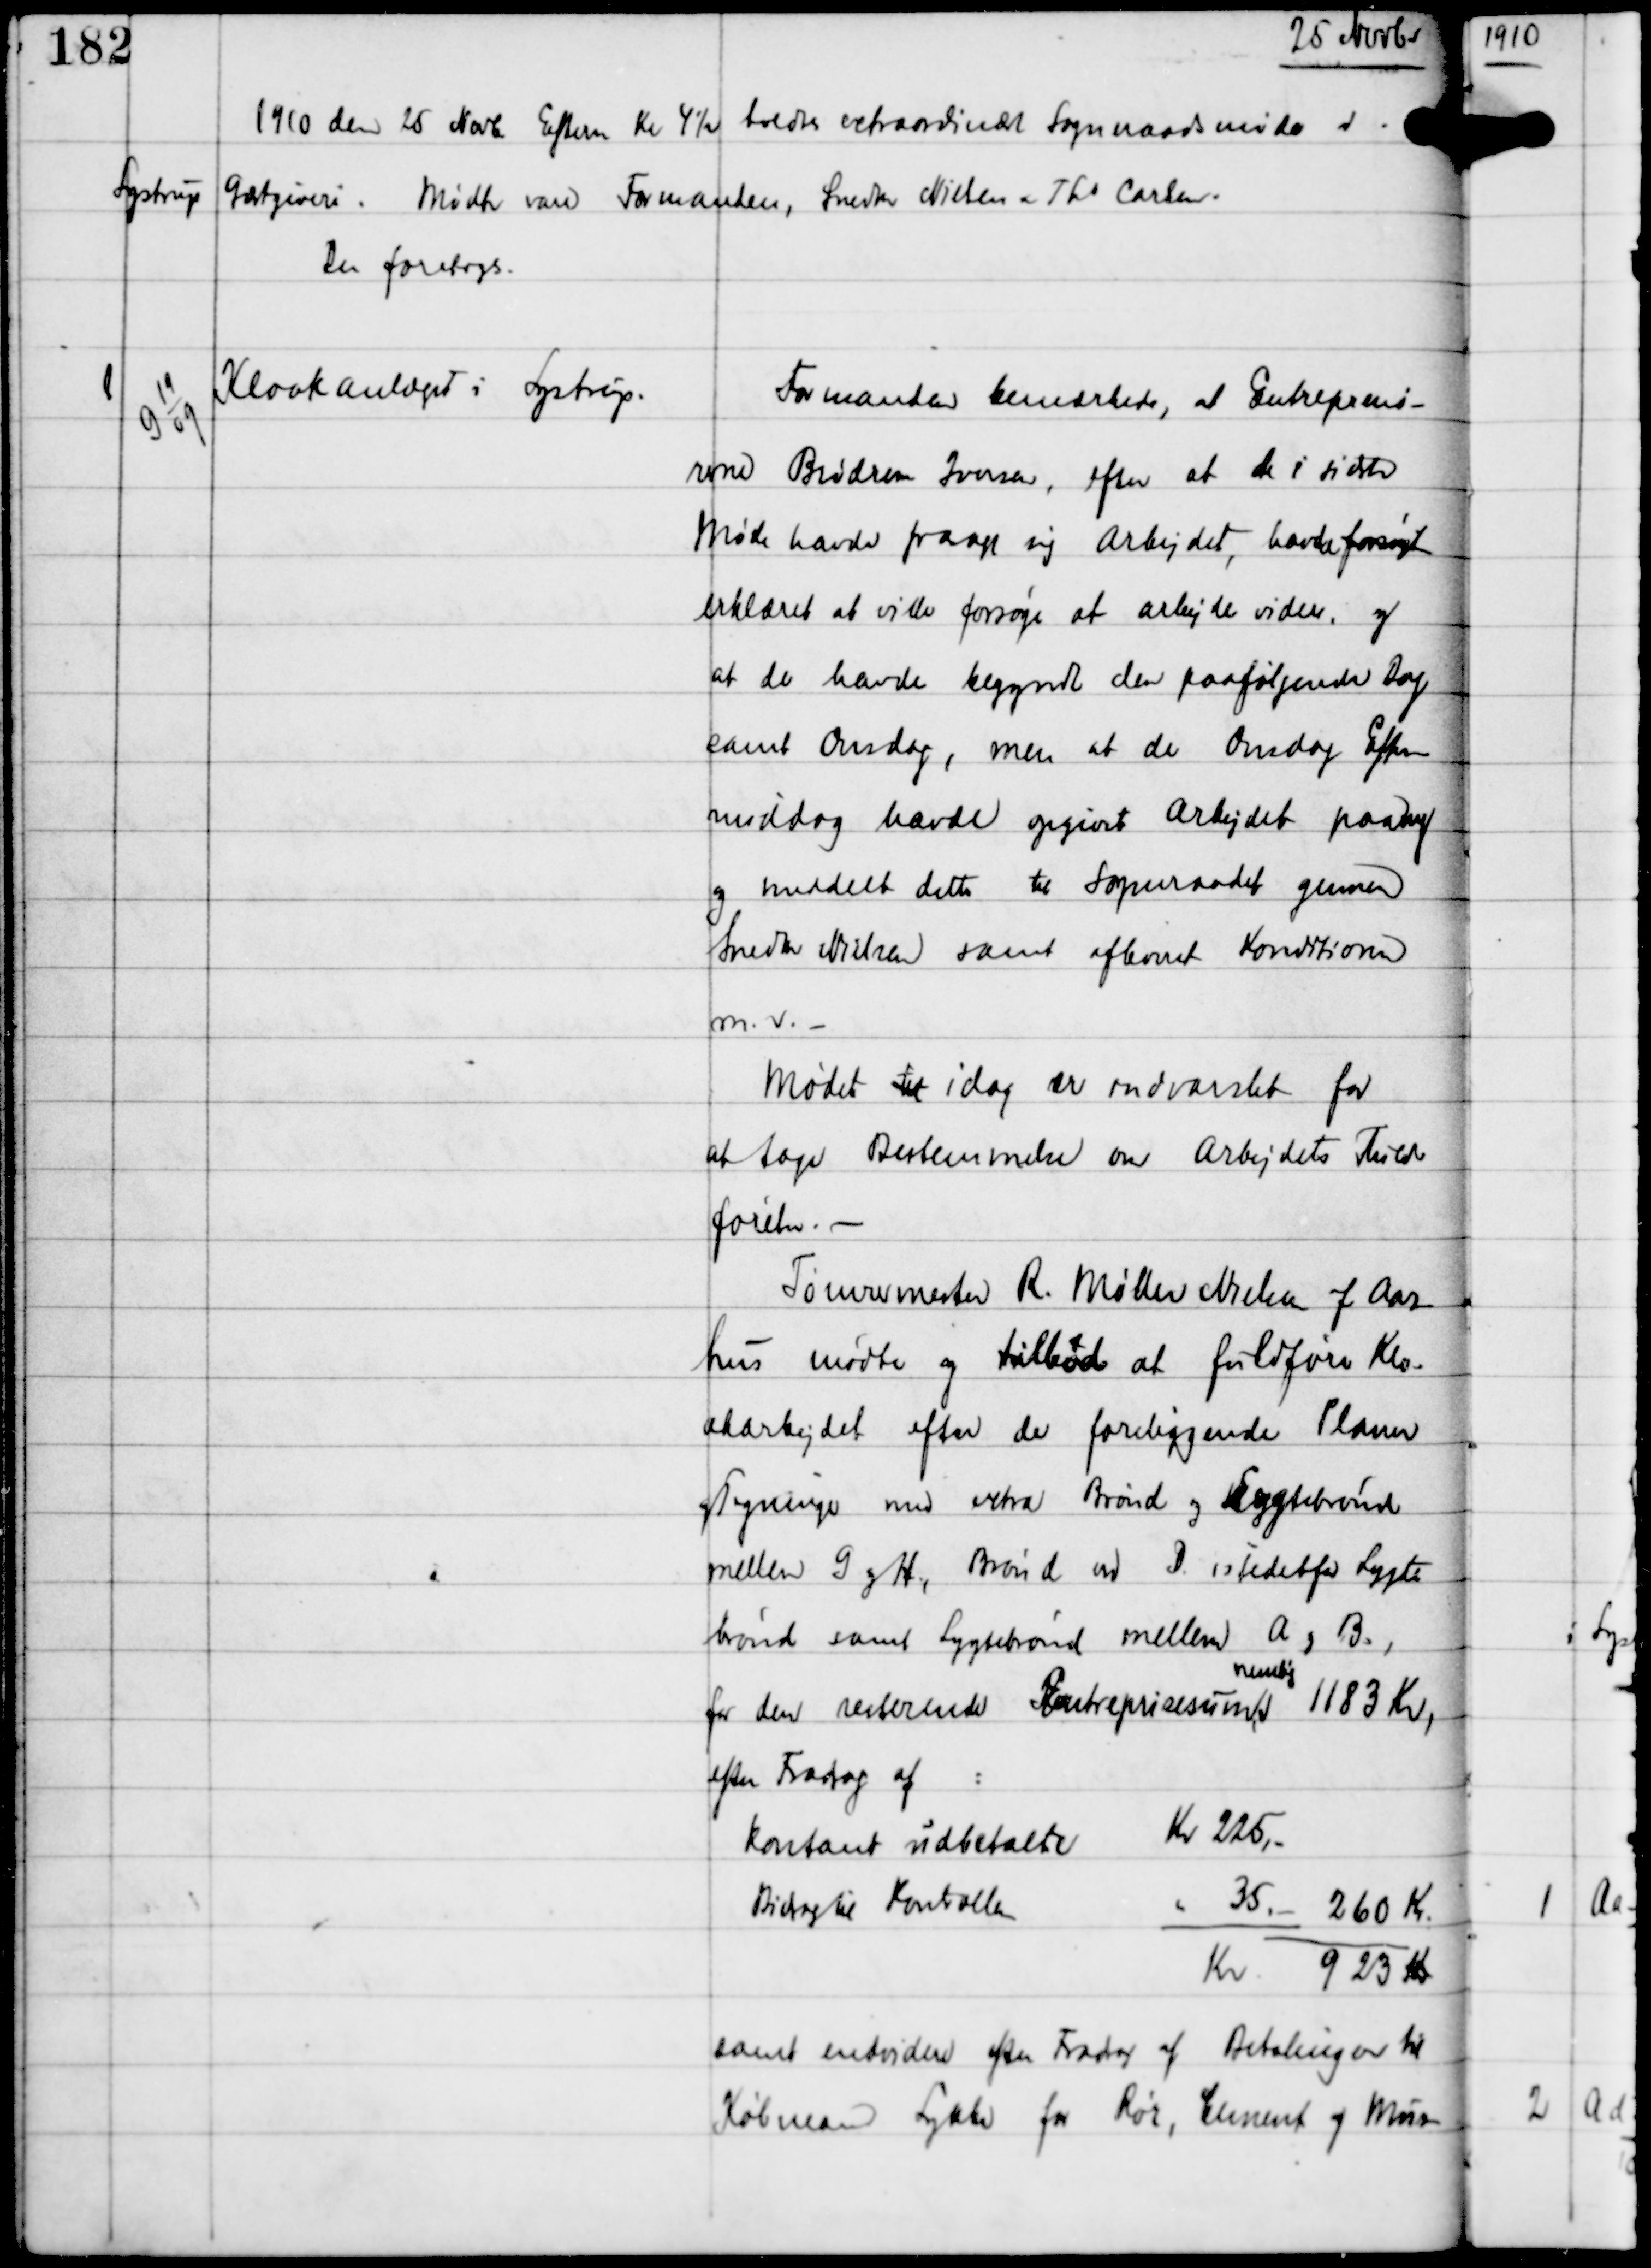
Transskription:
25 Novbr

1910 den 25 Novb Efterm Kl 4½ holdtes extraordinært Sogneraadsmøde i
Lystrup Gæstgiveri.
Mødte vare Formanden, Snedker Nielsen + Ths Carlsen.
Der foretoges:

1

G 19
09

Kloakanlæget i Lystrup

Formanden bemærkede, at Entreprenø-
rerne Brødrene Iversen, efter at de i sidste
Møde havde frasagt sig Arbejdet, havde forsøgt
erklæret at ville forsøge at arbejde videre, og
at de havde begyndt den paafølgende Dag
samt Onsdag, men at de Onsdag Efter-
middag havde opgivet Arbejdet paany
og meddelte dette til Sogneraadet gennem
Snedker Nielsen samt afleveret Konditionen
m.v. -

Møder til idag er indvarslet for
at tage Bestemmelse om Arbejdets Fuld-
førelse. -
Tømrermester R. Møller Nielsen af Aar-
hus mødte og tilbød at fuldføre Klo-
akarbejdet efter de foreliggende Planer
og Tegninger med extra Brønde og Lygtebrønd
mellem G og H, Brønd ved D istedetfor Lygte-
brønd samt Lygtebrønd mellem A og B,
for den resterende Entreprisesum,
nemlig
1183 kr,
efter Fradrag af:
kontant udbetalte Kr 225,-
Bidrag til Kontrollen
" 35,- 260 Kr
Kr 923 Kr
samt endvidere efter Fradrag af Betalinger til
Købmand Lykke for Rør, Cement og Mur-